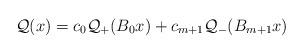
LaTeX: \begin{align*} \mathcal{Q}(x) = c_0 \mathcal{Q}_+(B_0 x) + c_{m+1} \mathcal{Q}_-(B_{m+1} x)\end{align*}